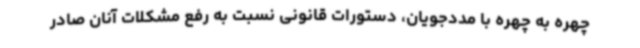
چهره به چهره با مددجویان، دستورات قانونی نسبت به رفع مشکلات آنان صادر